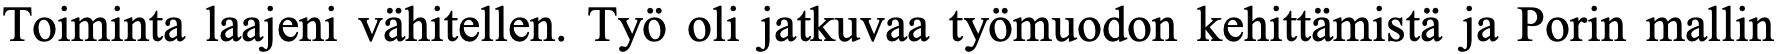
Toiminta laajeni vähitellen. Työ oli jatkuvaa työmuodon kehittämistä ja Porin mallin